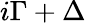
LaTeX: i\Gamma+\Delta